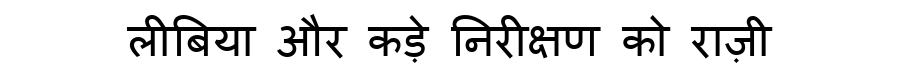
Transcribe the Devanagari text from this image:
लीबिया और कड़े निरीक्षण को राज़ी